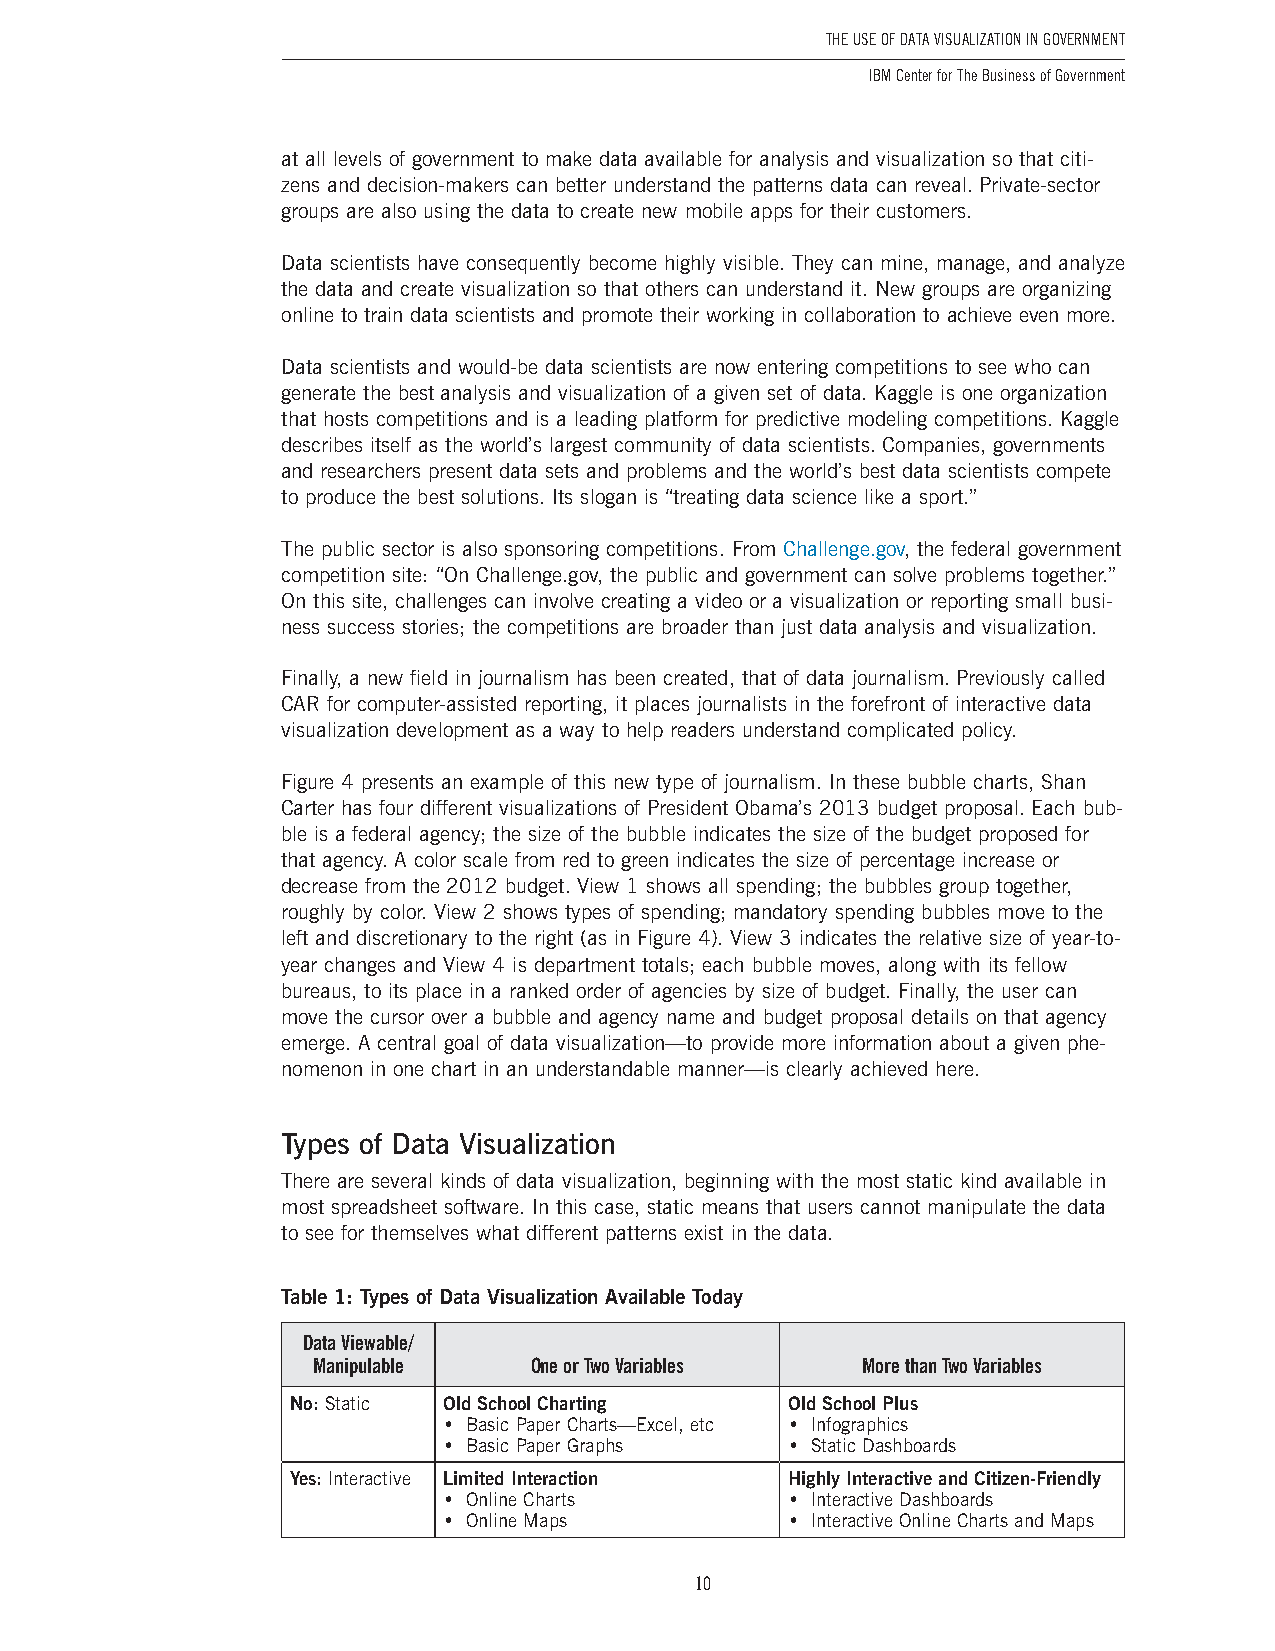
The USe of DaTa ViSUalizaTion in GoVernmenT
 IBM Center for The Business of Government
 at all levels of government to make data available for analysis and visualization so that citi-
 zens and decision-makers can better understand the patterns data can reveal . Private-sector
 groups are also using the data to create new mobile apps for their customers .
 Data scientists have consequently become highly visible . They can mine, manage, and analyze
 the data and create visualization so that others can understand it . New groups are organizing
 online to train data scientists and promote their working in collaboration to achieve even more .
 Data scientists and would-be data scientists are now entering competitions to see who can
 generate the best analysis and visualization of a given set of data . Kaggle is one organization
 that hosts competitions and is a leading platform for predictive modeling competitions . Kaggle
 describes itself as the world’s largest community of data scientists . Companies, governments
 and researchers present data sets and problems and the world’s best data scientists compete
 to produce the best solutions . Its slogan is “treating data science like a sport .”
 The public sector is also sponsoring competitions . From Challenge .gov, the federal government
 competition site: “On Challenge .gov, the public and government can solve problems together .”
 On this site, challenges can involve creating a video or a visualization or reporting small busi-
 ness success stories; the competitions are broader than just data analysis and visualization .
 Finally, a new field in journalism has been created, that of data journalism . Previously called
 CAR for computer-assisted reporting, it places journalists in the forefront of interactive data
 visualization development as a way to help readers understand complicated policy .
 Figure 4 presents an example of this new type of journalism . In these bubble charts, Shan
 Carter has four different visualizations of President Obama’s 2013 budget proposal . Each bub-
 ble is a federal agency; the size of the bubble indicates the size of the budget proposed for
 that agency . A color scale from red to green indicates the size of percentage increase or
 decrease from the 2012 budget . View 1 shows all spending; the bubbles group together,
 roughly by color . View 2 shows types of spending; mandatory spending bubbles move to the
 left and discretionary to the right (as in Figure 4) . View 3 indicates the relative size of year-to-
 year changes and View 4 is department totals; each bubble moves, along with its fellow
 bureaus, to its place in a ranked order of agencies by size of budget . Finally, the user can
 move the cursor over a bubble and agency name and budget proposal details on that agency
 emerge . A central goal of data visualization—to provide more information about a given phe-
 nomenon in one chart in an understandable manner—is clearly achieved here .
 Types of Data Visualization
 There are several kinds of data visualization, beginning with the most static kind available in
 most spreadsheet software . In this case, static means that users cannot manipulate the data
 to see for themselves what different patterns exist in the data .
 Table 1: Types of Data Visualization Available Today
 Data Viewable/
 Manipulable   One or Two Variables  More than Two Variables
 No: Static Old School Charting   Old School Plus
 • Basic Paper Charts—Excel, etc • Infographics
 • Basic Paper Graphs   • Static Dashboards
 Yes: Interactive Limited Interaction Highly Interactive and Citizen-Friendly
 • Online Charts        • Interactive Dashboards
 • Online Maps          • Interactive Online Charts and Maps
 10